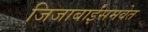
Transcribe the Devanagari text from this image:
जिजाबाईंसमवेत